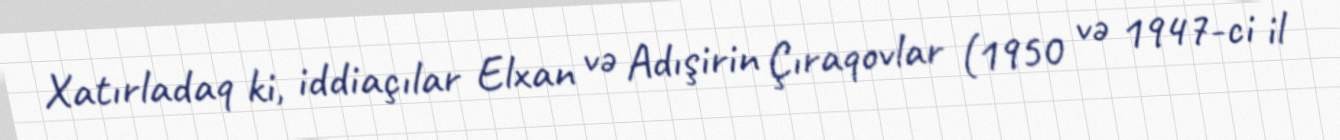
Xatırladaq ki, iddiaçılar Elxan və Adışirin Çıraqovlar (1950 və 1947-ci il